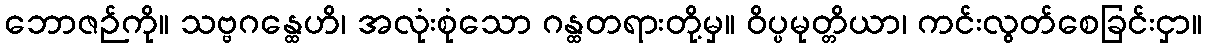
ဘောဇဉ်ကို။ သဗ္ဗဂန္ထေဟိ၊ အလုံးစုံသော ဂန္ထတရားတို့မှ။ ဝိပ္ပမုတ္တိယာ၊ ကင်းလွတ်စေခြင်းငှာ။